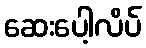
ဆေးပေါ့လိပ်